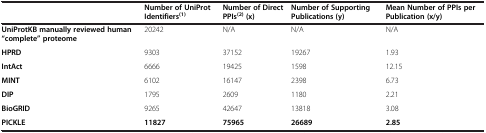
|  | Number of UniProt Identifiers(1) | Number of Direct PPIs(2) (x) | Number of Supporting Publications (y) | Mean Number of PPIs per Publication (x/y) |
 | --- | --- | --- | --- | --- |
 | UniProtKB manually reviewed human “complete” proteome | 20242 | N/A | N/A | N/A |
 | HPRD | 9303 | 37152 | 19267 | 1.93 |
 | IntAct | 6666 | 19425 | 1598 | 12.15 |
 | MINT | 6102 | 16147 | 2398 | 6.73 |
 | DIP | 1795 | 2609 | 1180 | 2.21 |
 | BioGRID | 9265 | 42647 | 13818 | 3.08 |
 | PICKLE | 11827 | 75965 | 26689 | 2.85 |